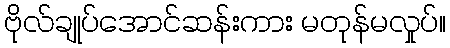
ဗိုလ်ချုပ်အောင်ဆန်းကား မတုန်မလှုပ်။